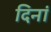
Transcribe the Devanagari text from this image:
दिनां